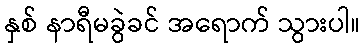
နှစ် နာရီမခွဲခင် အရောက် သွားပါ။